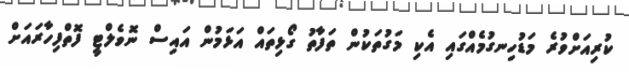
ކުރިއަށްވުރެ މަޑުހިނގުމެއްގައި އެކި މަގުތަކުން ތަފާތު ގޯޅިތައް އަޅަމުން އައިސް ނޮވެލްޓީ ފޮތްފިހާރައަށް